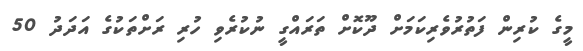
މީގެ ކުރިން ފަތުރުވެރިކަމަށް ދޫކޮށް ތަރައްގީ ނުކުރެވި ހުރި ރަށްތަކުގެ އަދަދު 50